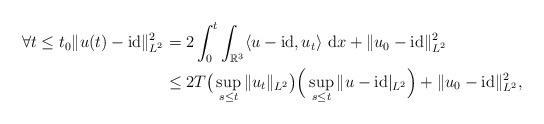
LaTeX: \begin{align*} \forall t\leq t_0\|u(t)-\mathrm{id}\|_{L^2}^2 & = 2\int_0^t \int_{\mathbb{R}^3} \langle u -\mathrm{id}, u_t\rangle ~\mbox{d}x + \|u_0-\mathrm{id}\|_{L^2}^2 \\& \leq 2T\big(\sup_{s\leq t} \|u_t\|_{L^2}\big) \Big(\sup_{s\leq t}\|u-\mathrm{id}|_{L^2}\Big) + \|u_0-\mathrm{id}\|_{L^2}^2, \end{align*}